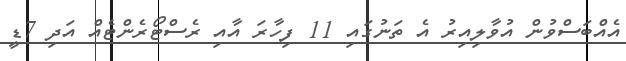
އެއްބަސްވުން އުވާލިއިރު އެ ތަނުގައި 11 ފިހާރަ އާއި ރެސްޓޯރެންޓެއް އަދި 7ޑީ